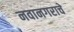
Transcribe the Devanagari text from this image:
नवानगराचे